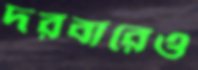
দরবারেও